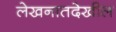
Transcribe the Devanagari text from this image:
लेखनातदेखील